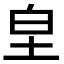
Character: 𭎊